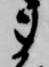
ま